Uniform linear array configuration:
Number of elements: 48
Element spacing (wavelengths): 0.5
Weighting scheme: hann
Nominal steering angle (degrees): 30
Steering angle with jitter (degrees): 29.9
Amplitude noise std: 0.05
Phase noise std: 0.05

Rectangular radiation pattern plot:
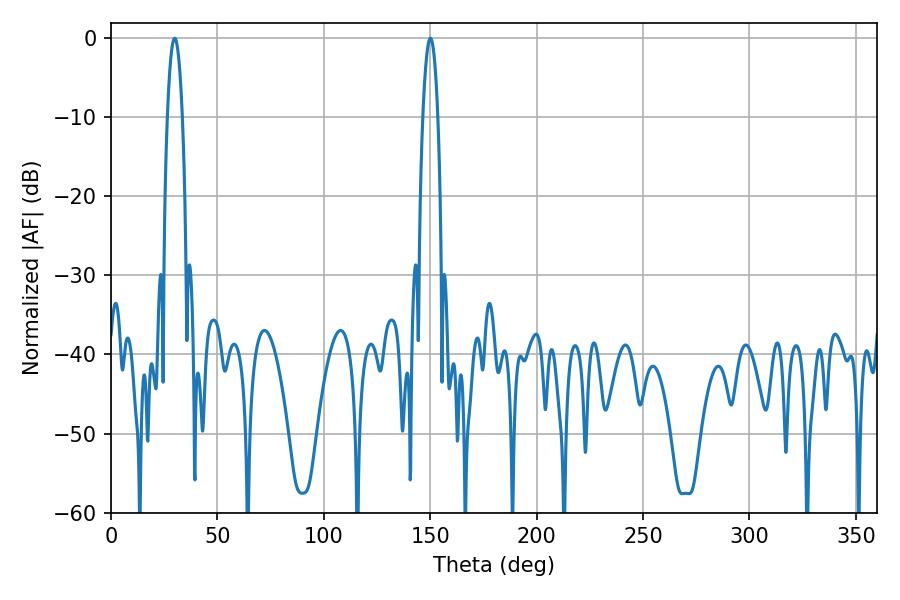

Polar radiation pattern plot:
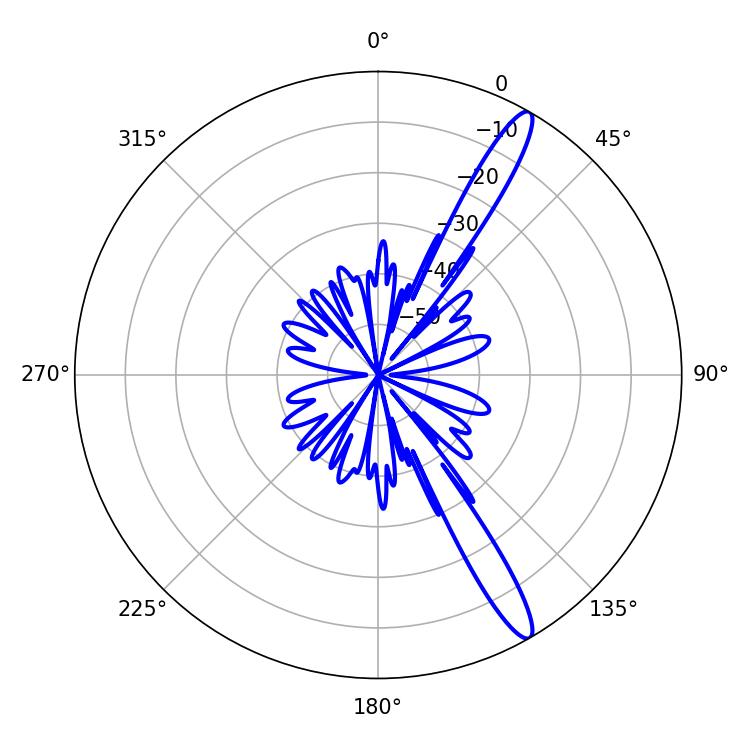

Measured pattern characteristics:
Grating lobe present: FALSE
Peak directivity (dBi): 14.338
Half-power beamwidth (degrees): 3.78
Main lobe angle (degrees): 150.12